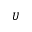
U